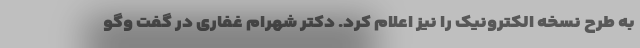
به طرح نسخه الکترونیک را نیز اعلام کرد. دکتر شهرام غفاری در گفت وگو